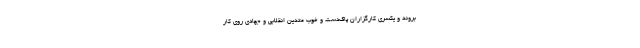
بروند و یکسری کارگزاران پاک‌دست و خوب متدین انقلابی و جهادی روی کار